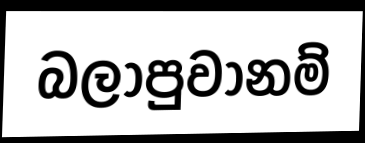
බලාපුවානම්